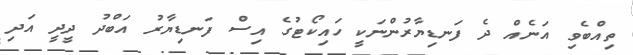
ތިއްބެވި އަނެއް ދެ ފަނޑިޔާރުންނަކީ ހައިކޯޓުގެ އިސް ފަނޑިޔާރު އަބްދު ދީދީ އަދި